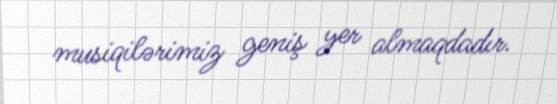
musiqilərimiz geniş yer almaqdadır.